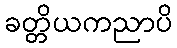
ခတ္တိယကညာပိ